Civil Veterinary Department. United Provinces 1923-31 - 1923-1931
Year: 1923
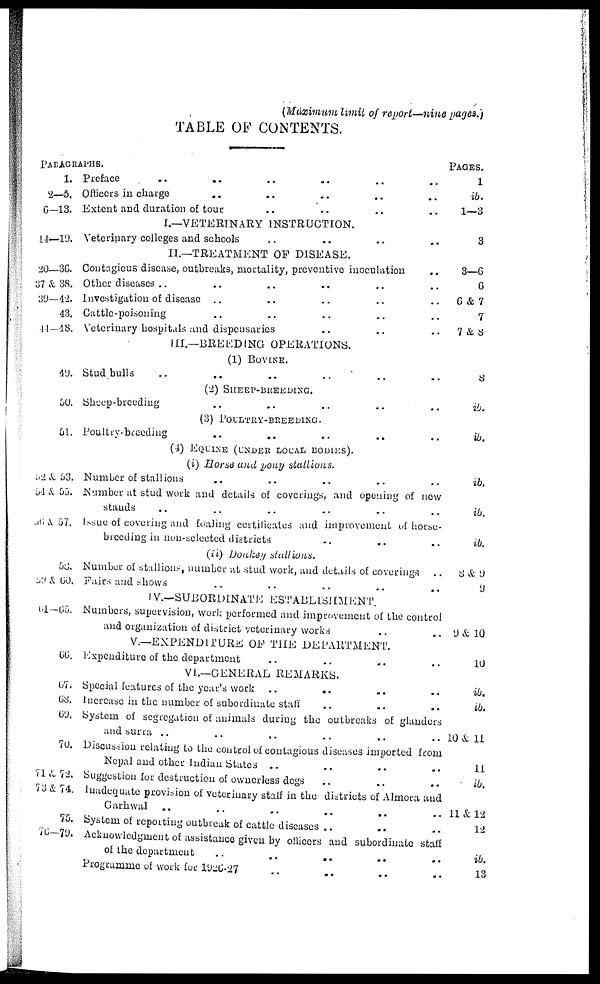
(Maximum limit of report—nine pages.)
TABLE OF CONTENTS.
PARAGRAPHS.
1.
2—5.
6—13.
14—19.
20—36.
37 & 38.
39—42.
43.
44—48.
49.
50.
51.
52 & 53.
54 & 55.
56 & 57.
58.
59 & 60.
61—65.
66.
67.
68.
69.
70.
71 & 72.
73 & 74.
75.
76—79.
Preface .. .. .. .. .. ..
Officers in charge .. .. .. .. ..
Extent and duration of tour .. .. .. ..
I.—VETERINARY INSTRUCTION.
Veterinary colleges and schools .. .. .. ..
II.—TREATMENT OF DISEASE.
Contagious disease, outbreaks, mortality, preventive inoculation ..
Other diseases .. .. .. .. .. ..
Investigation of disease .. .. .. .. .. ..
Cattle-poisoning .. .. .. .. ..
Veterinary hospitals and dispensaries .. .. ..
III.—BREEDING OPERATIONS.
(1) BOVINE.
Stud bulls .. .. .. .. .. ..
(2) SHEEP-BREEDING.
Sheep-breeding .. .. .. .. ..
(3) POULTRY-BREEDING.
Poultry-breeding .. .. .. .. ..
(4) EQUINE (UNDER LOCAL BODIES).
(i) Horse and pony stallions.
Number of stallions .. .. .. .. ..
Number at stud work and details of coverings, and opening of new
stands .. .. .. .. .. ..
Issue of covering and foaling certificates and improvement of horse-
breeding in nun-selected districts .. .. ..
(ii) Donkey stallions.
Number of stallions, number at stud work, and details of coverings
Fairs and shows .. .. .. .. ..
IV.—SUBORDINATE ESTABLISHMENT.
Numbers, supervision, work performed and improvement of the control
and organization of district veterinary works .. ..
V.—EXPENDITURE OF THE DEPARTMENT.
Expenditure of the department .. .. .. ..
VI.—GENERAL REMARKS.
Special features of the year's work ..
.. .. ..
Increase in the number of subordinate staff .. .. ..
System of segregation of animals during the outbreaks of glanders
and surra .. .. .. .. .. ..
Discussion relating to the control of contagious diseases imported from
Nepal and other Indian States .. .. .. ..
Suggestion for destruction of ownerless dogs .. .. ..
Inadequate provision of veterinary staff in the districts of Almora and
Garhwal .. .. .. .. .. ..
System of reporting outbreak of cattle diseases .. .. ..
Acknowledgment of assistance given by officers and subordinate staff
of the department .. .. .. .. ..
Programme of work for 1926-27 .. .. .. ..
PAGES.
1
ib.
1—3
3
3—6
6
6 & 7
7
7 & 8
8
ib.
ib.
ib.
ib.
ib.
8 & 9
9
9 & 10
10
ib.
ib.
10 & 11
11
ib.
11 & 12
12
ib.
13